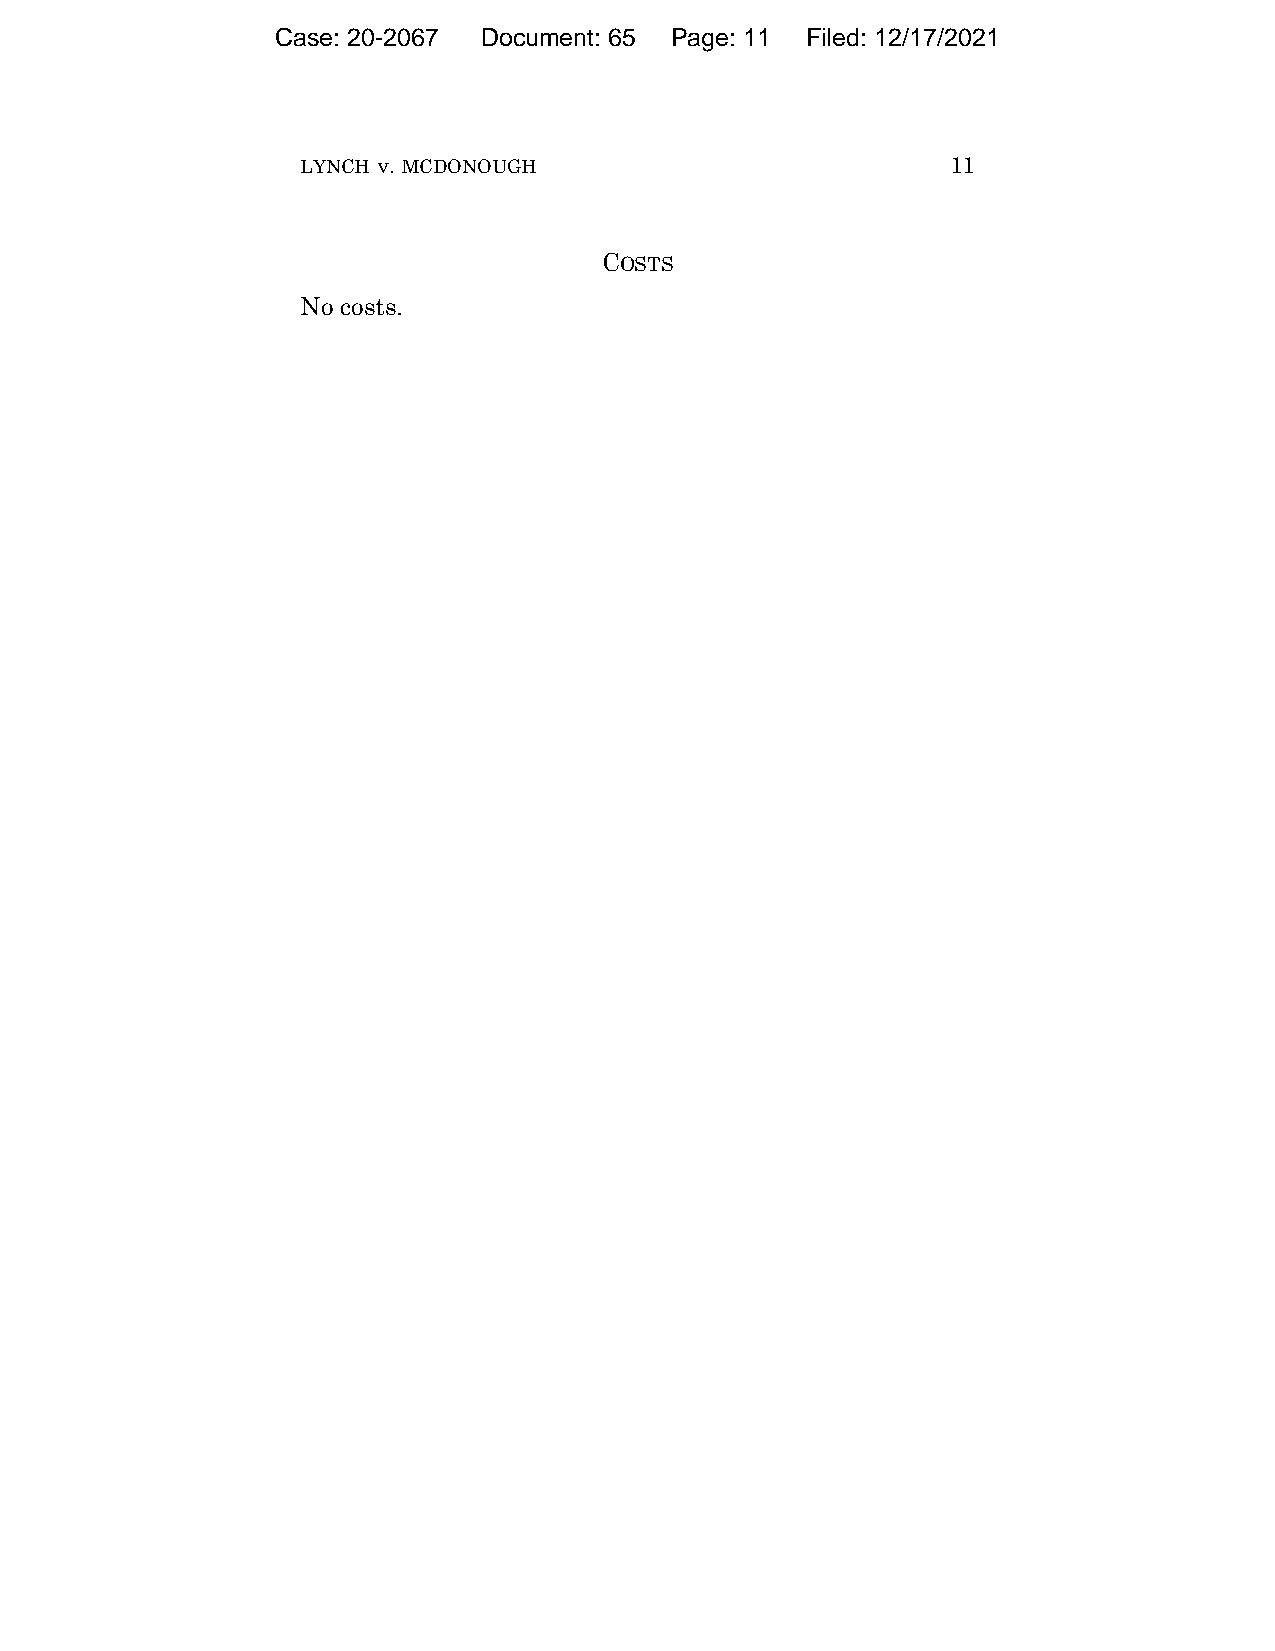
Case: 20-2067 Document: 65 Page: 11 Filed: 12/17/2021
 LYNCH v. MCDONOUGH                         11
 COSTS
 No costs.